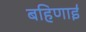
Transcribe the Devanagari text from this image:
बहिणाई